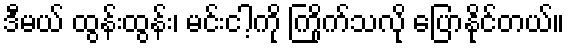
ဒီမယ် ထွန်းထွန်း၊ မင်းငါ့ကို ကြိုက်သလို ပြောနိုင်တယ်။